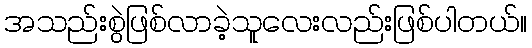
အသည်းစွဲဖြစ်လာခဲ့သူလေးလည်းဖြစ်ပါတယ်။